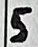
Text: 5